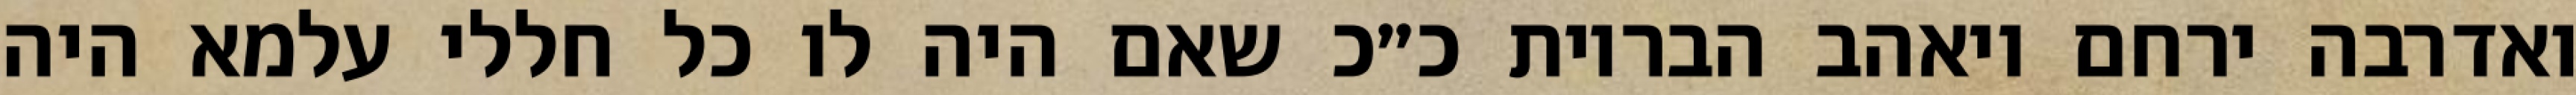
ואדרבה ירחם ויאהב הבריות כ״כ שאם היה לו כל חללי עלמא היה